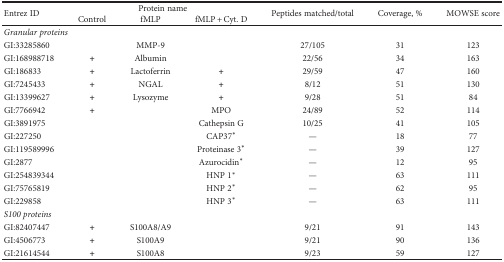
| <ROWSPAN=2> Entrez ID | <COLSPAN=3> Protein name | <ROWSPAN=2> Peptides matched/total | <ROWSPAN=2> Coverage, % | <ROWSPAN=2> MOWSE score |
 | Control | fMLP | fMLP + Cyt. D |
 | --- | --- | --- | --- | --- | --- | --- |
 | <COLSPAN=7> Granular proteins |
 | GI:33285860 |  | MMP-9 |  | 27/105 | 31 | 123 |
 | GI:168988718 | + | Albumin |  | 22/56 | 34 | 163 |
 | GI:186833 | + | Lactoferrin | + | 29/59 | 47 | 160 |
 | GI:7245433 | + | NGAL | + | 8/12 | 51 | 130 |
 | GI:13399627 | + | Lysozyme | + | 9/28 | 51 | 84 |
 | GI:7766942 | + |  | MPO | 24/89 | 52 | 114 |
 | GI:3891975 |  |  | Cathepsin G | 10/25 | 41 | 105 |
 | GI:227250 |  |  | CAP37∗ | — | 18 | 77 |
 | GI:119589996 |  |  | Proteinase 3∗ | — | 39 | 127 |
 | GI:2877 |  |  | Azurocidin∗ | — | 12 | 95 |
 | GI:254839344 |  |  | HNP 1∗ | — | 63 | 111 |
 | GI:75765819 |  |  | HNP 2∗ | — | 62 | 95 |
 | GI:229858 |  |  | HNP 3∗ | — | 63 | 111 |
 | <COLSPAN=7> S100 proteins |
 | GI:82407447 | + | S100A8/A9 |  | 9/21 | 91 | 143 |
 | GI:4506773 | + | S100A9 |  | 9/21 | 90 | 136 |
 | GI:21614544 | + | S100A8 |  | 9/23 | 59 | 127 |